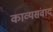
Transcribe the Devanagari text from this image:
काव्यसंवाद